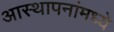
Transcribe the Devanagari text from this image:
आस्‍थापनांमध्‍ये